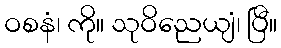
ဝစနံ၊ ကို။ သုဝိညေယျံ၊ ပြီ။